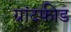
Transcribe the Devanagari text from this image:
ग्रांटफीड